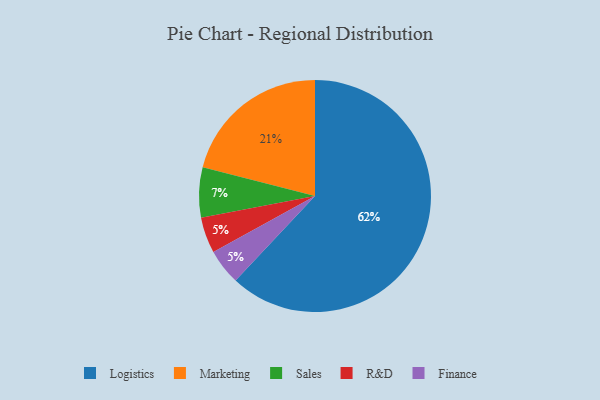
{"axis": {"x": "Category", "y": "Percentage"}, "legend": ["Finance", "Logistics", "Marketing", "R&D", "Sales"], "data": [{"x": "R&D", "y": 5, "type": "R&D"}, {"x": "Sales", "y": 7, "type": "Sales"}, {"x": "Finance", "y": 5, "type": "Finance"}, {"x": "Logistics", "y": 62, "type": "Logistics"}, {"x": "Marketing", "y": 21, "type": "Marketing"}]}